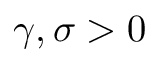
\gamma , \sigma > 0